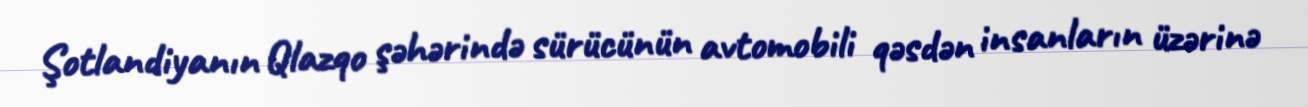
Şotlandiyanın Qlazqo şəhərində sürücünün avtomobili qəsdən insanların üzərinə